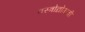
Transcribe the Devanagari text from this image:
वस्त्रोद्योगाची